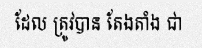
ដែល ត្រូវបាន តែងតាំង ជា